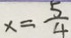
x = \frac { 5 } { 4 }